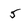
Character: 5